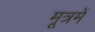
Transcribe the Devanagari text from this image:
मूत्रमें